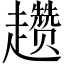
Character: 趱